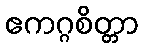
ဧကဂ္ဂစိတ္တာ